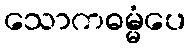
သောကဓမ္မံပေ